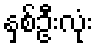
နှစ်ဦးလုံး